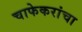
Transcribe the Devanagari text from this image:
चाफेकरांचा